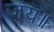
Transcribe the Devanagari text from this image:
जय॥